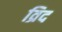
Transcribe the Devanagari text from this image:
व्रिद